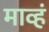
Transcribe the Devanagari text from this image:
माव्हं